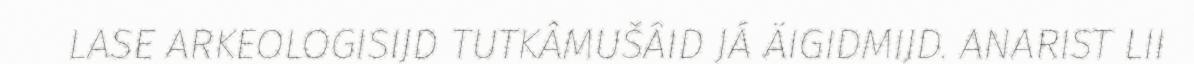
LASE ARKEOLOGISIJD TUTKÂMUŠÂID JÁ ÄIGIDMIJD. ANARIST LII